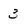
Character: 3